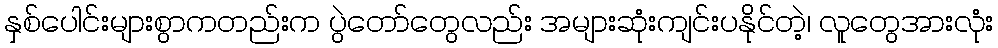
နှစ်ပေါင်းများစွာကတည်းက ပွဲတော်တွေလည်း အများဆုံးကျင်းပနိုင်တဲ့၊ လူတွေအားလုံး